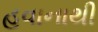
હવાનાથી